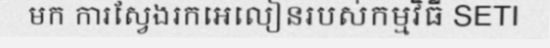
មក ការស្វែងរកអេលៀនរបស់កម្មវិធី SETI